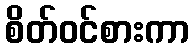
စိတ်ဝင်စားကာ